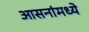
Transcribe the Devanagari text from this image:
आसनांमध्ये